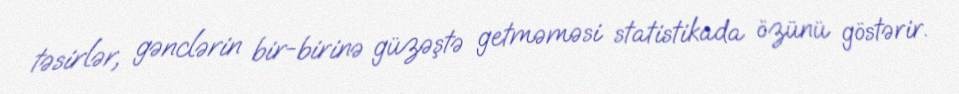
təsirlər, gənclərin bir-birinə güzəştə getməməsi statistikada özünü göstərir.